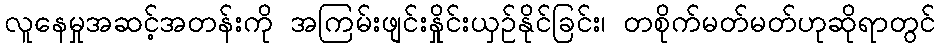
လူနေမှုအဆင့်အတန်းကို အကြမ်းဖျင်းနှိုင်းယှဉ်နိုင်ခြင်း၊ တစိုက်မတ်မတ်ဟုဆိုရာတွင်